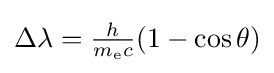
\textstyle \Delta \lambda ={\frac {h}{m_{\mathrm {e} }c}}(1-\cos \theta )